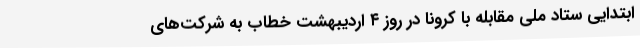
ابتدایی ستاد ملی مقابله با کرونا در روز ۴ اردیبهشت خطاب به شرکت‌های